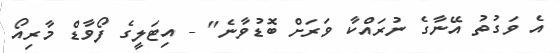
އެ ވަގުތު އޭނާގެ ނުރައްކާ ވަރަށް ބޮޑުވާނެ" - އިޓަލީގެ ފޯވާޑް މާރިއޯ